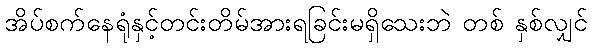
အိပ်စက်နေရုံနှင့်တင်းတိမ်အားရခြင်းမရှိသေးဘဲ တစ် နှစ်လျှင်